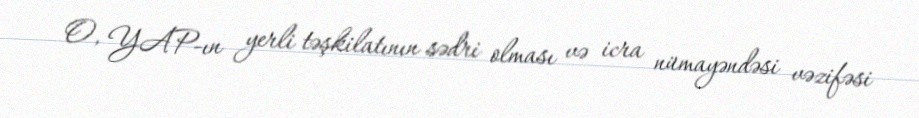
O, YAP-ın yerli təşkilatının sədri olması və icra nümayəndəsi vəzifəsi